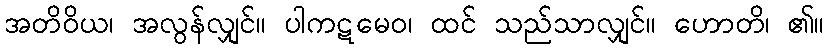
အတိဝိယ၊ အလွန်လျှင်။ ပါကဋမေဝ၊ ထင် သည်သာလျှင်။ ဟောတိ၊ ၏။